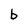
Character: b